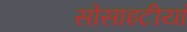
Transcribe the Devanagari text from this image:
सोसाइटीयां